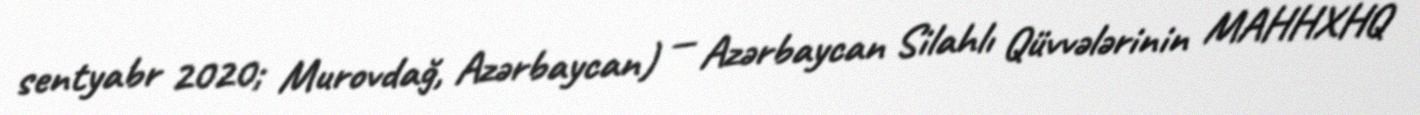
sentyabr 2020; Murovdağ, Azərbaycan) — Azərbaycan Silahlı Qüvvələrinin MAHHXHQ